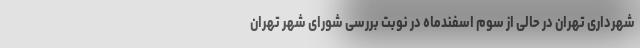
شهرداری تهران در حالی از سوم اسفندماه در نوبت بررسی شورای شهر تهران